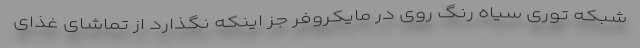
شبکه توری سیاه رنگ روی در مایکروفر جز اینکه نگذارد از تماشای غذای